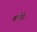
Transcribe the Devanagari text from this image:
शनीने